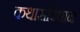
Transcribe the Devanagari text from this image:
कथासंविधान